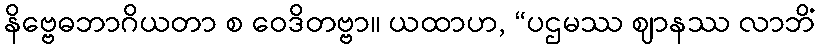
နိဗ္ဗေဓဘာဂိယတာ စ ဝေဒိတဗ္ဗာ။ ယထာဟ, “ပဌမဿ ဈာနဿ လာဘိံ